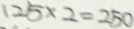
1 2 5 \times 2 = 2 5 0